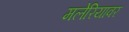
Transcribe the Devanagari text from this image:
मलेरियावर